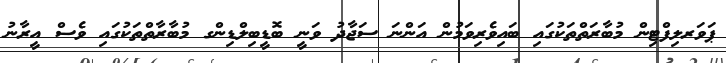
ޕަވަރލިފްޓިން މުބާރަތްތަކުގައި ބައިވެރިވަމުން އަންނަ ސަޖާދު ވަނީ ބޮޑީބިލްޑިންގ މުބާރާތްތަކުގައި ވެސް އީރާނު